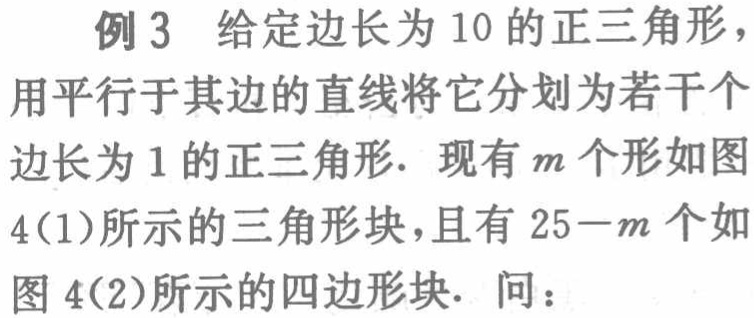
例 3 给定边长为 10 的正三角形，用平行于其边的直线将它分划为若干个边长为 1 的正三角形. 现有 \(m\) 个形如图 4(1)所示的三角形块，且有 \(25 - m\) 个如图 4(2)所示的四边形块. 问：